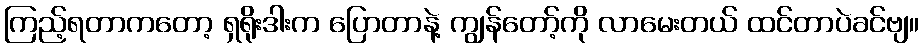
ကြည့်ရတာကတော့ ရှရိုးဒါးက ပြောတာနဲ့ ကျွန်တော့်ကို လာမေးတယ် ထင်တာပဲခင်ဗျ။